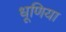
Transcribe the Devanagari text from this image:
धूणिया